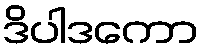
ဒိပါဒကော